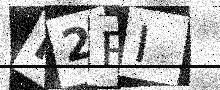
Text: F2RI